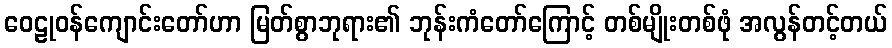
ဝေဠုဝန်ကျောင်းတော်ဟာ မြတ်စွာဘုရား၏ ဘုန်းကံတော်ကြောင့် တစ်မျိုးတစ်ဖုံ အလွန်တင့်တယ်